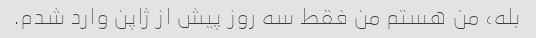
بله، من هستم من فقط سه روز پیش از ژاپن وارد شدم.